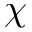
\chi